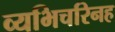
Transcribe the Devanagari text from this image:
व्यभिचरिनह